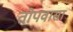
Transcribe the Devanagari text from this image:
तोपवासा